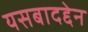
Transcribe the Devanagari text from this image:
यसबादद्देन